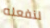
لنفعله